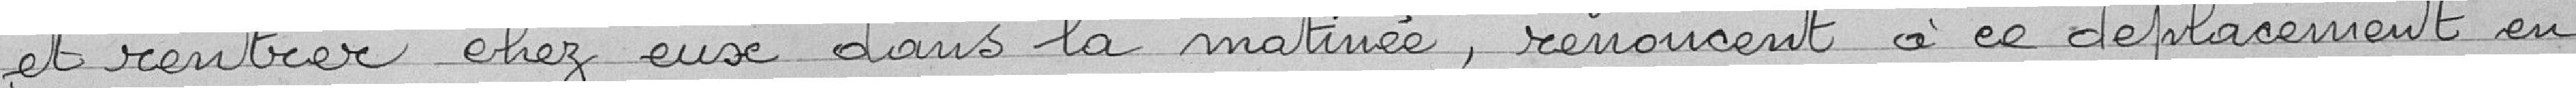
et rentrer chez eux dans la même matinée, renoncent à ce déplacement en